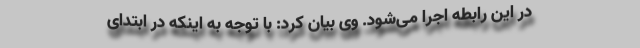
در این رابطه اجرا می‌شود. وی بیان کرد: با توجه به اینکه در ابتدای